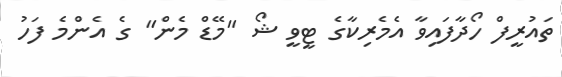
ތައުރީފް ހޯދާފައިވާ އެމެރިކާގެ ޓީވީ ޝޯ "މޭޑް މެން" ގެ އެންމެ ފަހު